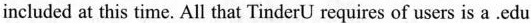
included at this time. All that TinderU requires of users is a .edu